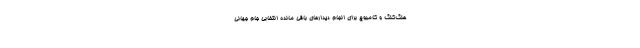
هنگ‌کنگ و کامبوج برای انجام دیدارهای باقی مانده انتخابی جام جهانی